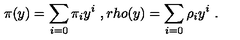
\pi ( y ) = \sum _ { i = 0 } ^ { } { \pi } _ { i } y ^ { i } \ , r h o ( y ) = \sum _ { i = 0 } ^ { } { \rho } _ { i } y ^ { i } \ .